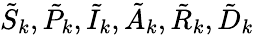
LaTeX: \tilde{S}_{k},\tilde{P}_{k},\tilde{I}_{k},\tilde{A}_{k},\tilde{R}_{k},\tilde{D}_{k}